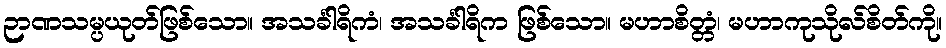
ဉာဏသမ္ပယုတ်ဖြစ်သော။ အသင်္ခါရိကံ၊ အသင်္ခါရိက ဖြစ်သော။ မဟာစိတ္တံ၊ မဟာကုသိုလ်စိတ်ကို။